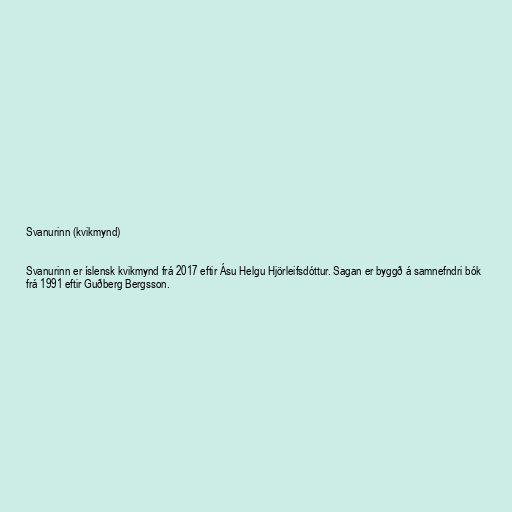
Svanurinn (kvikmynd)

Svanurinn er íslensk kvikmynd frá 2017 eftir Ásu Helgu Hjörleifsdóttur. Sagan er byggð á samnefndri bók
frá 1991 eftir Guðberg Bergsson.